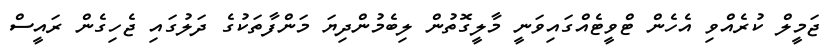
ޖަމީލް ކުރެއްވި އެހެން ޓްވީޓެއްގައިވަނީ މާލީގޮތުން ލިބެމުންދިޔަ މަންފާތަކުގެ ދަލުގައި ޖެހިގެން ރައީސް